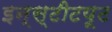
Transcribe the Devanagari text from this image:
इन्‍स्‍टीटयूट